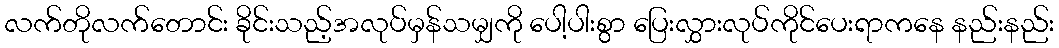
လက်တိုလက်တောင်း ခိုင်းသည့်အလုပ်မှန်သမျှကို ပေါ့ပါးစွာ ပြေးလွှားလုပ်ကိုင်ပေးရာကနေ နည်းနည်း